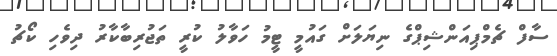
ސާފް ޗެމްޕިއަންޝިޕްގެ ނިޔަަލަށް ގައުމީ ޓީމު ހަވާލު ކުރީ ތަޖުރިބާކާރު ދިވެހި ކޯޗު